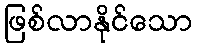
ဖြစ်လာနိုင်သော